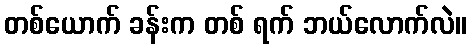
တစ်ယောက် ခန်းက တစ် ရက် ဘယ်လောက်လဲ။